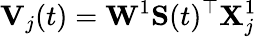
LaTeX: \mathbf{V}_{j}(t)=\mathbf{W}^{1}\mathbf{S}(t)^{\top}\mathbf{X}_{j}^{1}